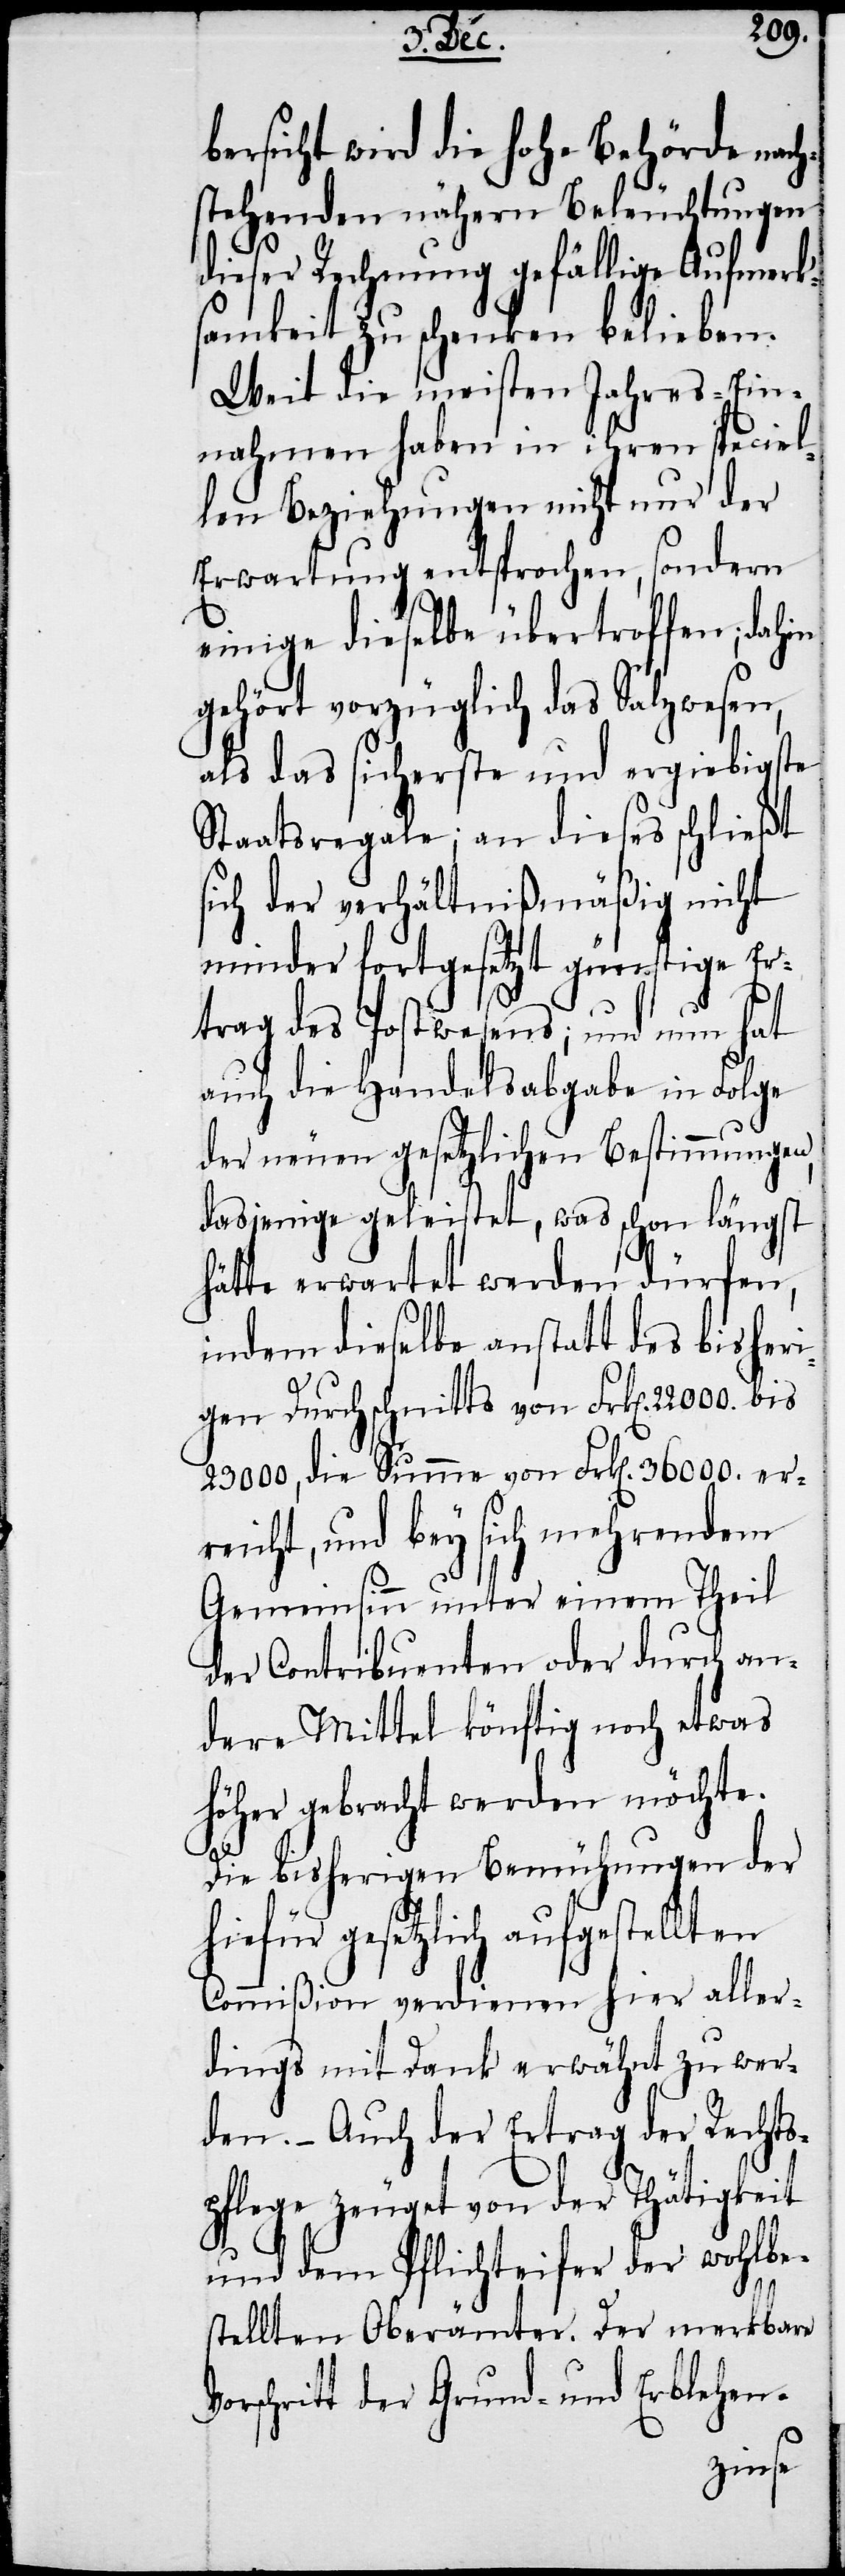
bersicht wird die hohe Behörde nach¬
stehenden nähern Beleuchtungen
dieser Rechnung gefällige Aufmerk¬
samkeit zu schenken belieben.
Weit die meisten Jahres-Ein¬
nahmen haben in ihren speciel¬
len Beziehungen nicht nur der
Erwartung entsprochen, sondern
einige dieselbe übertroffen; dahin
gehört vorzüglich das Salzwesen,
als das sicherste und ergiebigste
Staatsregale; an dieses schließt
sich der verhältnißmäßig nicht
minder fortgesetzt günstige Er¬
trag des Postwesens; und nun hat
auch die Handelsabgabe in Folge
der neuen gesetzlichen Bestimmungen,
dasjenige geleistet, was schon längst
hätte erwartet werden dürfen,
indem dieselbe anstatt des bisheri¬
gen Durchschnitts von Frk[en]. 22000.
23000, die Summe von Frk[en]. 36000. er¬
reicht, und bey sich mehrendem
Gemeinsinn unter einem Theil
der Contribuenten oder durch an¬
dere Mittel könftig noch etwas
höher gebracht werden möchte.
Die bisherigen Bemühungen der
hiefür gesetzlich aufgestellten
Commißion verdienen hier aller¬
dings mit Dank erwähnt zu wer¬
den. – Auch der Ertrag der Rechts¬
pflege zeuget von der Thätigkeit
und dem Pflichteifer der wohlbe¬
stellten Oberämter. Der merkbare
hritt der Grund- und Erblehen-
Vorsc¬